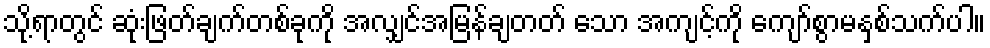
သို့ရာတွင် ဆုံးဖြတ်ချက်တစ်ခုကို အလျှင်အမြန်ချတတ် သော အကျင့်ကို ကျော်စွာမနှစ်သက်ပါ။